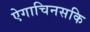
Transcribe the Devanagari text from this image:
ऐगाचिनसकि